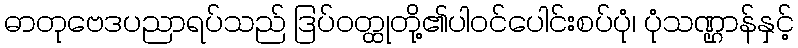
ဓာတုဗေဒပညာရပ်သည် ဒြပ်ဝတ္ထုတို့၏ပါဝင်ပေါင်းစပ်ပုံ၊ ပုံသဏ္ဌာန်နှင့်